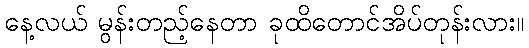
နေ့လယ် မွန်းတည့်နေတာ ခုထိတောင်အိပ်တုန်းလား။